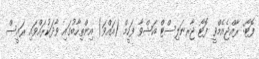
ފޮޓޯ: ރާއްޖެއެމްވީ ފޮޓޯ ޖާރނަލިސްޓް އަޝްވާ ފަހީމް (އައްވަ) އިންތިހާބުގައި ވާދަކުރައްވައި ރައީސް